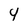
Character: 4